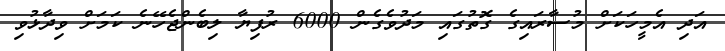
އަދި އެމީހަކަށް މުސާރައިގެ ގޮތުގައި މަދުވެގެން 6000 ރުފިޔާ ލިބެންޖެހޭނެ ކަމަށް ވިދާޅުވި